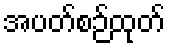
အပတ်စဉ်ထုတ်